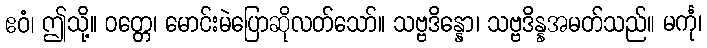
ဧဝံ၊ ဤသို့။ ဝတ္တေ၊ မောင်းမဲပြောဆိုလတ်သော်။ သဗ္ဗဒိန္နော၊ သဗ္ဗဒိန္နအမတ်သည်။ မင်္ကု၊